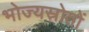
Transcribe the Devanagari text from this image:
भोज्यस्रोतों